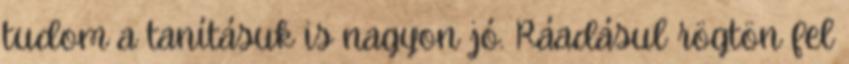
tudom a tanításuk is nagyon jó. Ráadásul rögtön fel